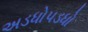
અડધોપડધો